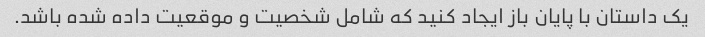
یک داستان با پایان باز ایجاد کنید که شامل شخصیت و موقعیت داده شده باشد.